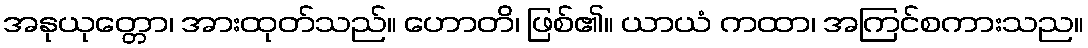
အနုယုတ္တော၊ အားထုတ်သည်။ ဟောတိ၊ ဖြစ်၏။ ယာယံ ကထာ၊ အကြင်စကားသည။